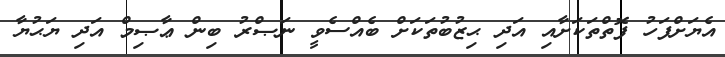
އެޔަށްފަހު ފޮތްތަކަށާއި އަދި ޙިޒުބުތަކަށް ބެއްސެވީ ނަޞްރު ބިން ޢާޞިމް އަދި ޔަޙުޔާ